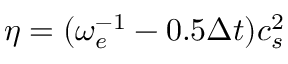
\eta = ( \omega _ { e } ^ { - 1 } - 0 . 5 \Delta t ) c _ { s } ^ { 2 }